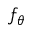
f _ { \theta }